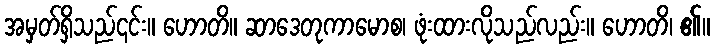
အမှတ်ရှိသည်၎င်း။ ဟောတိ။ ဆာဒေတုကာမောစ၊ ဖုံးထားလိုသည်လည်း။ ဟောတိ၊ ၏။